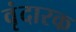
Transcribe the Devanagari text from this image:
वृंदारक